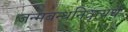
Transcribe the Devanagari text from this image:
जन्मबन्धनिवृत्यर्थं